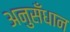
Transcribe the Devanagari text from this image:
अनुसँधान